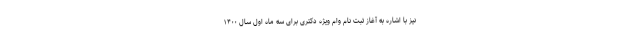
نیز با اشاره به آغاز ثبت نام وام ویژه دکتری برای سه ماه اول سال ۱۴۰۰